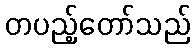
တပည့်တော်သည်